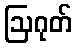
ဩဂုတ်